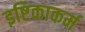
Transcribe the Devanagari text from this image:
इष्टिकाकर्म